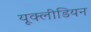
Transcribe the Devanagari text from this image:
यूक्लीडियन